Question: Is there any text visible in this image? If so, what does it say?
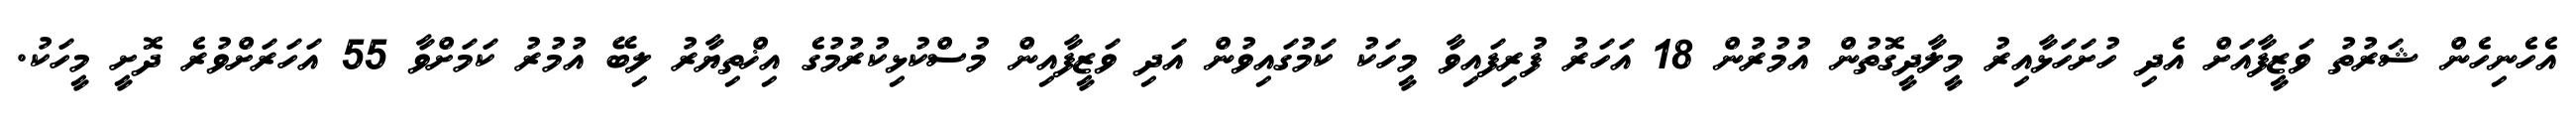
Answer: އެހެނިހެން ޝަރުތު ވަޒީފާއަށް އެދި ހުށަހަޅާއިރު މީލާދީގޮތުން އުމުރުން 18 އަހަރު ފުރިފައިވާ މީހަކު ކަމުގައިވުން އަދި ވަޒީފާއިން މުސްކުޅިކުރުމުގެ އިޚްތިޔާރު ލިބޭ އުމުރު ކަމަށްވާ 55 އަހަރަށްވުރެ ދޮށީ މީހަކު.